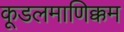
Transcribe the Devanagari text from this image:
कूडलमाणिक्कम